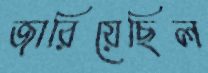
জারিয়েছিল